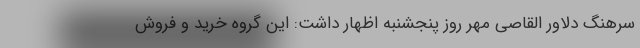
سرهنگ دلاور القاصی مهر روز پنجشنبه اظهار داشت: این گروه خرید و فروش